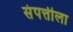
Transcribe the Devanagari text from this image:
संपत्तीला